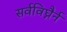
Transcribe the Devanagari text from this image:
सर्वविघ्नैर्न